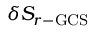
\delta S _ { r - \mathrm { { G C S } } }